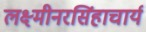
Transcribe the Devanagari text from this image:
लक्ष्मीनरसिंहाचार्य